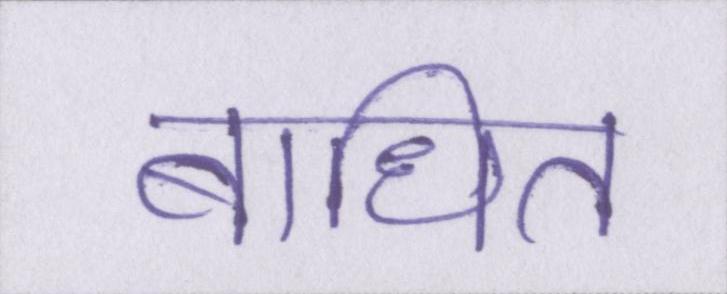
बाधित